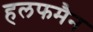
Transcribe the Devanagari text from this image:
हलफमैन